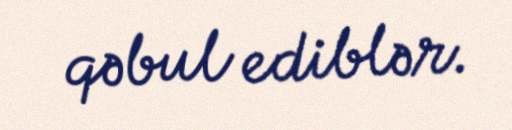
qəbul ediblər.